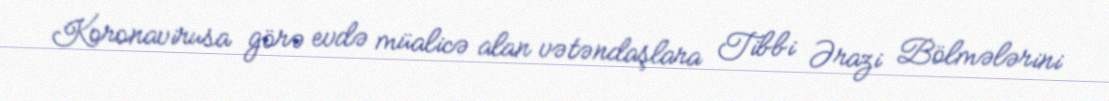
Koronavirusa görə evdə müalicə alan vətəndaşlara Tibbi Ərazi Bölmələrini